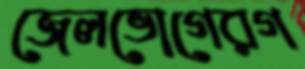
জেলভোগেরগ